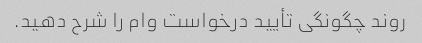
روند چگونگی تأیید درخواست وام را شرح دهید.